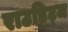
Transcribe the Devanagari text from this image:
राउडिट्ज